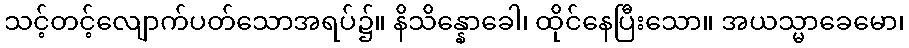
သင့်တင့်လျောက်ပတ်သောအရပ်၌။ နိသိန္နောခေါ၊ ထိုင်နေပြီးသော။ အယသ္မာခေမော၊